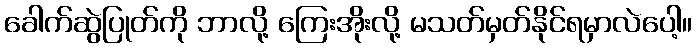
ခေါက်ဆွဲပြုတ်ကို ဘာလို့ ကြေးအိုးလို့ မသတ်မှတ်နိုင်ရမှာလဲပေါ့။